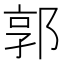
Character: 郭